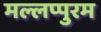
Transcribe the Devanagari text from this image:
मल्लप्पुरम